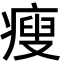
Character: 瘦